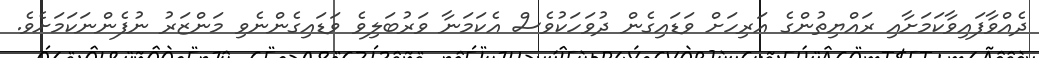
ދެއްވާފައިވާކަމަށާއި ރައްޔިތުންގެ އަރިހަށް ވަޑައިގެން ދުވަހަކުވެސް އެކަމަނާ ވަރުބަލިވެ ވަޑައިގެންނެވި މަންޒަރު ނުފެންނަކަމަށެވެ.